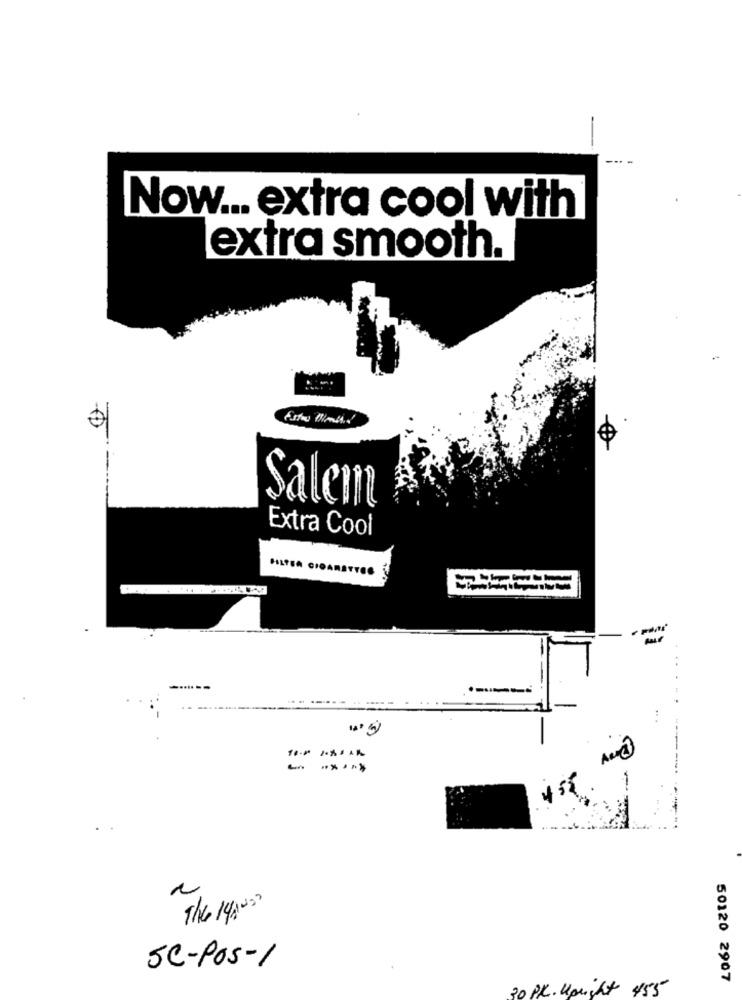
Now ... extra cool with
extra smooth.
--
Salem
Extra Cool
FILTRA CIGARETTES
-----
-..
- ---
The 14Ans
SC-POS-1
50120 2907
20 PK. Upright 455